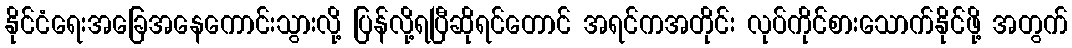
နိုင်ငံရေးအခြေအနေကောင်းသွားလို့ ပြန်လို့ရပြီဆိုရင်တောင် အရင်ကအတိုင်း လုပ်ကိုင်စားသောက်နိုင်ဖို့ အတွက်